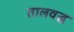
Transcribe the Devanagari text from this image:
तालवद्ध